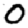
Digit: 0